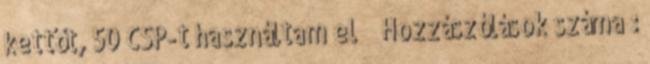
kettőt, 50 CSP-t használtam el Hozzászólások száma :